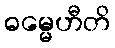
ဓမ္မေဟီတိ